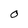
Character: 0